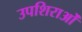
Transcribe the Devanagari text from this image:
उपशिराओं